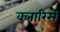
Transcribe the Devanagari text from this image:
क्लारिसी